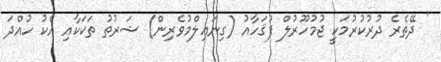
' ދޭތެރެ ދުރުކުރުމަކީ ޖުމުހޫރުލް ފުޤަހާއު (ގިނަޢިލްމުވެރިން) ޝަރުތު ތަކަކާއި އެކު ހުއްދަ